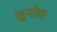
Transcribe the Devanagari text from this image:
सुगोपाः